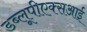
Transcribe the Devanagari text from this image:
डब्लूपीएक्सआई